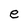
Character: e